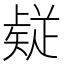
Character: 𭼅